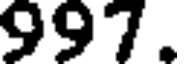
997.